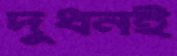
দুধনই